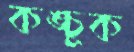
কঙ্চুক